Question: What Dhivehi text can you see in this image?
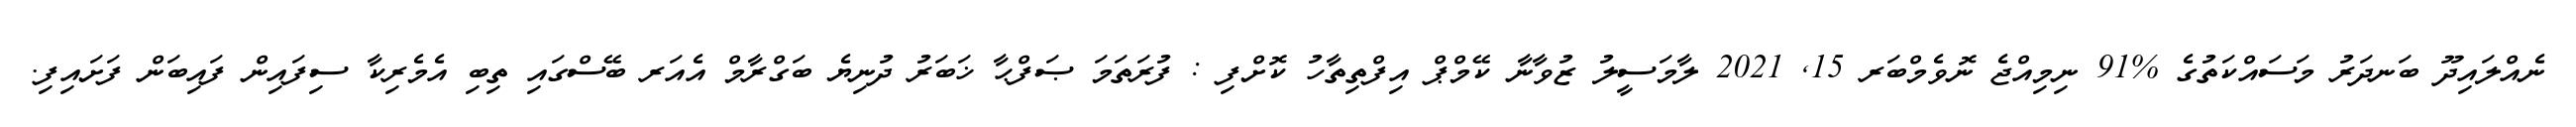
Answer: ނެއްލައިދޫ ބަނދަރު މަސައްކަތުގެ %91 ނިމިއްޖެ ނޮވެމްބަރ 15, 2021 ލާމަސީލު ޒުވާނާ ކޭމްޕް އިފްތިތާހު ކޮށްފި : ފުރަތަމަ ޞަފްޙާ ޚަބަރު ދުނިޔެ ބަގްރާމް އެއަރ ބޭސްގައި ތިބި އެމެރިކާ ސިފައިން ފައިބަން ފަށައިފި.